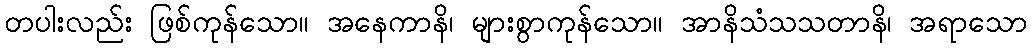
တပါးလည်း ဖြစ်ကုန်သော။ အနေကာနိ၊ များစွာကုန်သော။ အာနိသံသသတာနိ၊ အရာသော